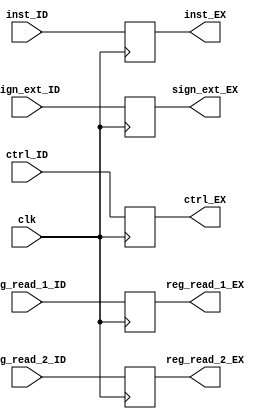
module IDEX_PIPE(ctrl_EX, reg_read_1_EX, reg_read_2_EX, inst_EX, sign_ext_EX, reg_read_1_ID, reg_read_2_ID, inst_ID, sign_ext_ID, ctrl_ID, clk);

    input[31:0] reg_read_1_ID, reg_read_2_ID, inst_ID, sign_ext_ID;
    input [7:0] ctrl_ID;
    input clk;
    output[31:0] reg_read_1_EX, reg_read_2_EX, inst_EX, sign_ext_EX;
    output [7:0] ctrl_EX;

    reg [31:0] reg_read_1_EX, reg_read_2_EX, inst_EX, sign_ext_EX;
    reg[7:0] ctrl_EX;
    
    initial begin
        reg_read_1_EX=0;
        reg_read_2_EX=0;
        inst_EX=0;
        sign_ext_EX=0;
        ctrl_EX=0;
    end
    
    always @(posedge clk) begin
        reg_read_1_EX=reg_read_1_ID;
        reg_read_2_EX=reg_read_2_ID;
        inst_EX=inst_ID;
        sign_ext_EX=sign_ext_ID;
        ctrl_EX=ctrl_ID;
    end

endmodule